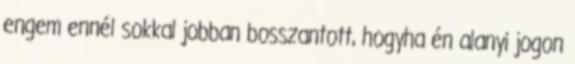
engem ennél sokkal jobban bosszantott, hogyha én alanyi jogon